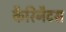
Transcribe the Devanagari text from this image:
कैरिनैटस